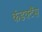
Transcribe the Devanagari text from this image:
कंडक्टैंस